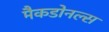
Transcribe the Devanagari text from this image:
मैकडोनल्स